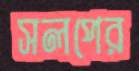
সলপের